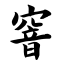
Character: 窨